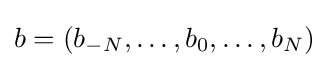
b=(b_{-N},\dots ,b_{0},\dots ,b_{N})